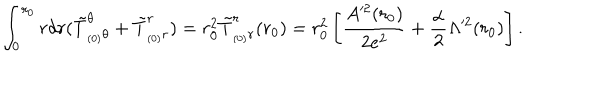
LaTeX: \int _ { 0 } ^ { r _ { 0 } } r d r ( \tilde { T } _ { _ { ( 0 ) } \theta } ^ { \theta } + \tilde { T } _ { _ { ( 0 ) } r } ^ { r } ) = r _ { 0 } ^ { 2 } \tilde { T } _ { _ { ( 0 ) } r } ^ { r } ( r _ { 0 } ) = r _ { 0 } ^ { 2 } \left[ \frac { A ^ { 2 } ( r _ { 0 } ) } { 2 e ^ { 2 } } + \frac { \alpha } { 2 } \Lambda ^ { 2 } ( r _ { 0 } ) \right] .